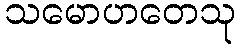
သမောဟတေသု